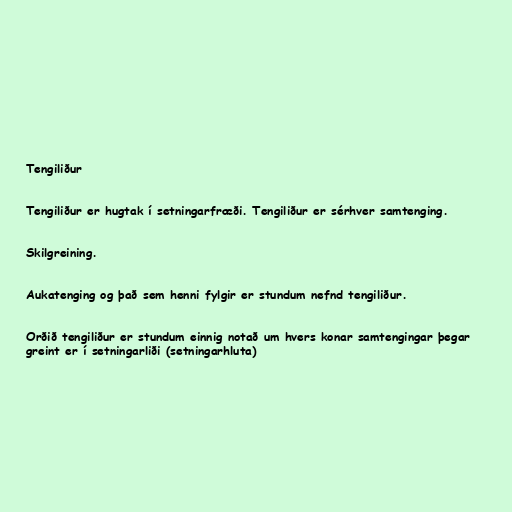
Tengiliður

Tengiliður er hugtak í setningarfræði. Tengiliður er sérhver samtenging.

Skilgreining.

Aukatenging og það sem henni fylgir er stundum nefnd tengiliður.

Orðið tengiliður er stundum einnig notað um hvers konar samtengingar þegar
greint er í setningarliði (setningarhluta)